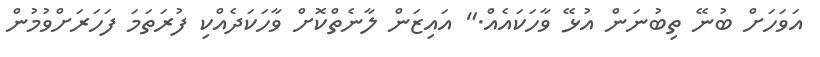
އަވަހަށް ބުނޭ ތިބުނަން އުޅޭ ވާހަކައެއް." އައިޒަން ލާނެތްކޮށް ވާހަކަދެއްކި ފުރަތަމަ ފަހަރަށްވުމުން